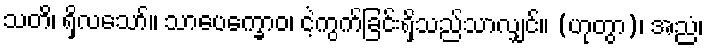
သတိ၊ ရှိလသော်။ သာပေက္ခောဝ၊ ငဲ့ကွက်ခြင်းရှိသည်သာလျှင်။ (ဟုတွာ)၊ အညံ၊